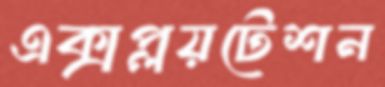
এক্সপ্লয়টেশন